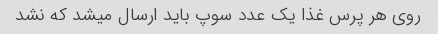
روی هر پرس غذا یک عدد سوپ باید ارسال میشد که نشد